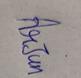
Signature authenticity: genuine